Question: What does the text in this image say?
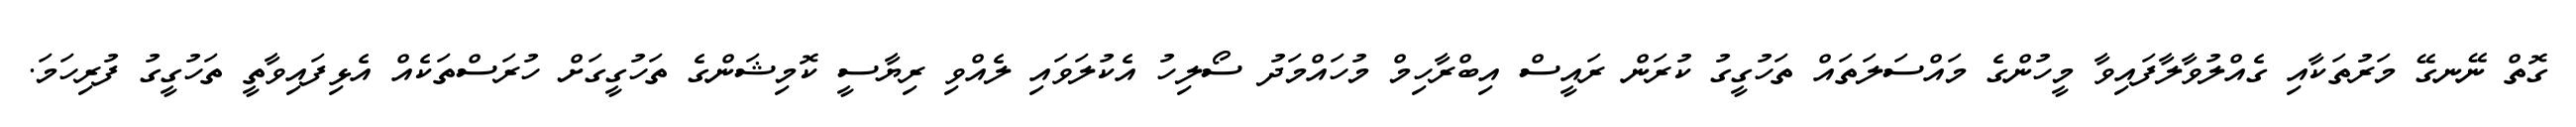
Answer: ގޮތް ނޭނގޭ މަރުތަކާއި ގެއްލުވާލާފައިވާ މީހުންގެ މައްސަލަތައް ތަހުގީގު ކުރަން ރައީސް އިބްރާހިމް މުހައްމަދު ސޯލިހު އެކުލަވައި ލެއްވި ރިޔާސީ ކޮމިޝަންގެ ތަހުގީގަށް ހުރަސްތަކެއް އެޅިފައިވާތީ ތަހުގީގު ފުރިހަމަ.